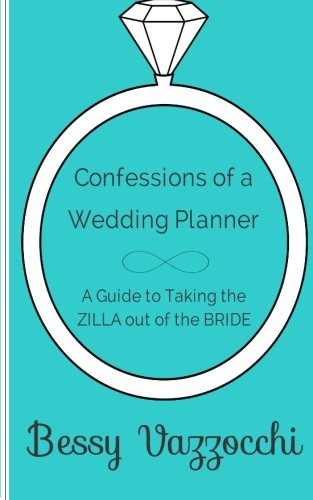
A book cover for Confessions of a Wedding Planner: A Guide to Taking the ZILLA out of the Bride; Mrs Bessy Vazzocchi; Crafts, Hobbies & Home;